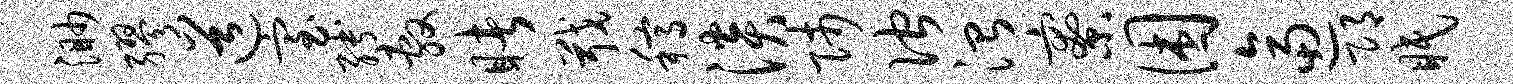
渺缪道室缚敷睹戢稿淡师伫治寮困逼邛眠